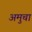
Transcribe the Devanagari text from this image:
अमुचा